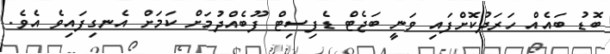
ބޮޑު ބައެއް ހަރަދުކޮށްފައި ވަނީ ބަޖެޓް ޑެފިސިޓް ފޫބެއްދުމަށް ކަމަށް އެނގިފައިވެ އެވެ.